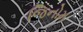
જિનોમ